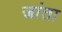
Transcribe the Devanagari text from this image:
जांता